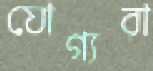
যোগ্যরা